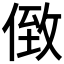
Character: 𠊷